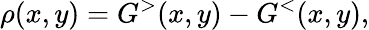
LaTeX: \rho(x,y)=G^{>}(x,y)-G^{<}(x,y),